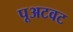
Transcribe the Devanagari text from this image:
पूअटवट